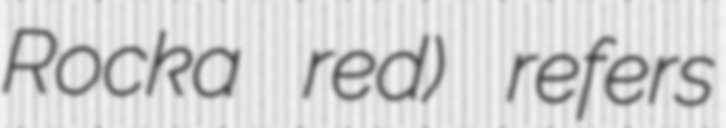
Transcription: Rocka red) refers